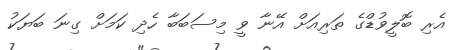
އެރި ބޮލީވުޑްގެ ތަރިއަށް އޭނާ ވީ މިސަބަބާ ހެދި ކަމަށް ގިނަ ބަޔަކު